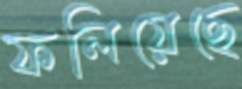
ফলিয়েছে